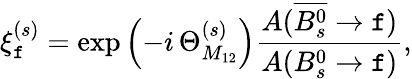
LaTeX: \xi_{\mathtt{f}}^{(s)}=\exp\left(-i\, \Theta_{M_{12}}^{(s)}\right)\frac{{A(\overline{{{{B_{s}^{0}}}}}\to\mathtt{f})}}{{A(B_{s}^{0}\to\mathtt{f})}},